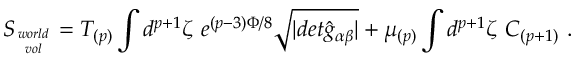
S _ { w o r l d \atop v o l } = T _ { ( p ) } \int d ^ { p + 1 } \zeta \ e ^ { ( p - 3 ) \Phi / 8 } \sqrt { \vert d e t { \hat { g } } _ { \alpha \beta } \vert } + \mu _ { ( p ) } \int d ^ { p + 1 } \zeta \ C _ { ( p + 1 ) } \ .